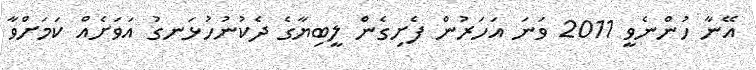
އޭނާ ހުންނެވީ 2011 ވަނަ އަހަރުން ފެށިގެން ލީބިޔާގެ ދެކުނުހުޅަނގު އަވަށެއް ކަމަށްވާ